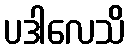
ပဒါလေသိ